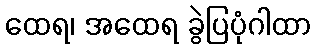
ထေရ၊ အထေရ ခွဲပြပုံဂါထာ